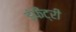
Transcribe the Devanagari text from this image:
इंफैंट्री